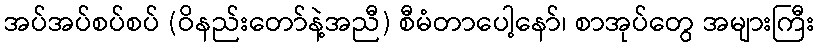
အပ်အပ်စပ်စပ် (ဝိနည်းတော်နဲ့အညီ) စီမံတာပေါ့နော်၊ စာအုပ်တွေ အများကြီး